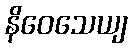
နိဝေသေယျ